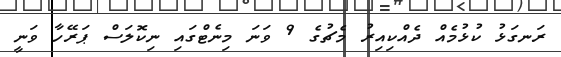
ރަނގަޅު ކުޅުމެއް ދެއްކިއިރު މެޗުގެ 9 ވަނަ މިނެޓްގައި ނިކޮލަސް ޕަރޭހާ ވަނީ